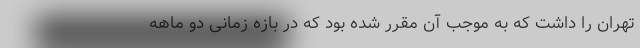
تهران را داشت که به موجب آن مقرر شده بود که در بازه زمانی دو ماهه